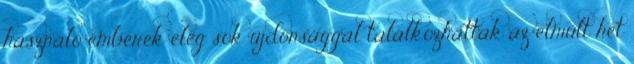
használó emberek elég sok újdonsággal találkozhattak az elmúlt hét